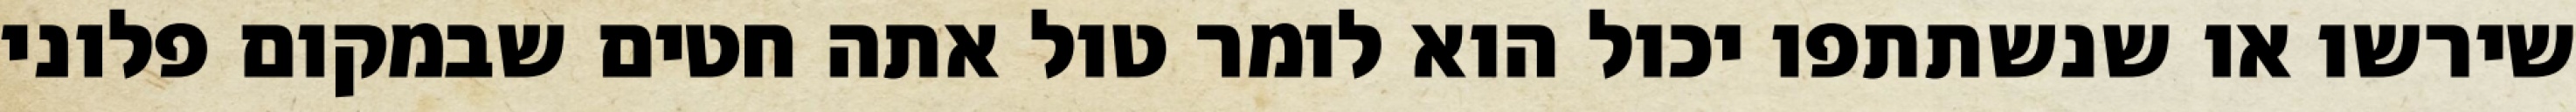
שירשו או שנשתתפו יכול הוא לומר טול אתה חטים שבמקום פלוני